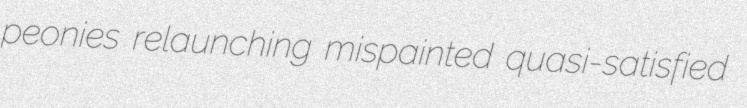
peonies relaunching mispainted quasi-satisfied